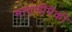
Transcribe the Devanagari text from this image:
मागणीपैकी